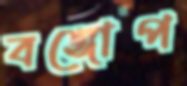
বঙ্গোপ